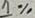
Text: 1%